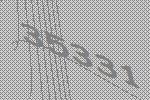
35331